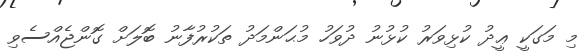
މި މަގަކީ ޢީދު ކުޅިވަރު ކުޅުނު ދުވަހު މުޙަންމަދު ތަކުރުފާނު ބޮލަށް ގޮންޖެއްސެވި